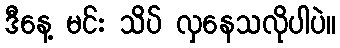
ဒီနေ့ မင်း သိပ် လှနေသလိုပါပဲ။